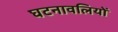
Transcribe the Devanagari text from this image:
घटनावलियों